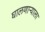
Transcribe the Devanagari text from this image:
घालणार्‍याला